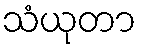
သံယုတာ